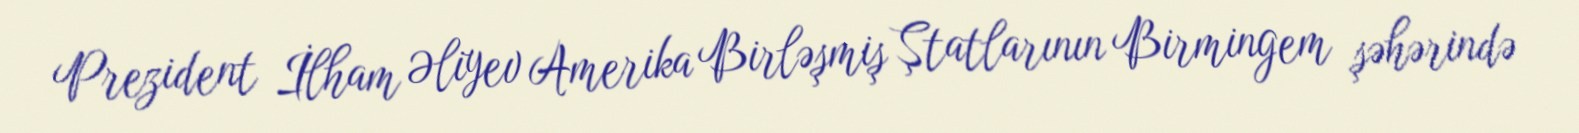
Prezident İlham Əliyev Amerika Birləşmiş Ştatlarının Birmingem şəhərində